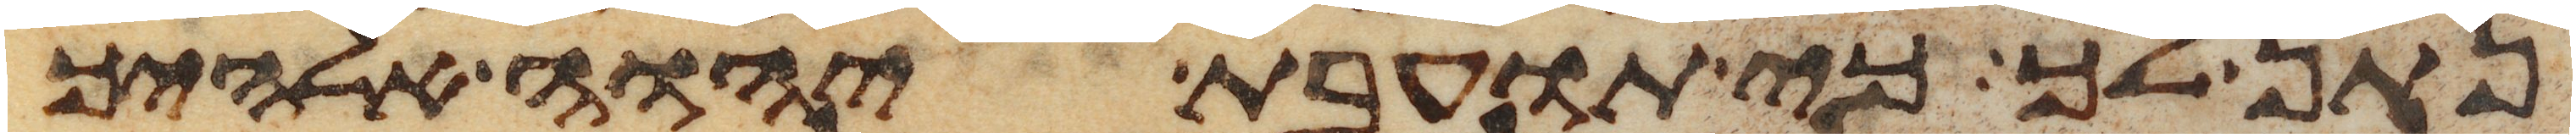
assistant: נתן לך כי תועבת יהוה אלהיך